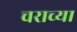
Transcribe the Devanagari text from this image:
चराच्या